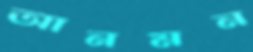
আনমন